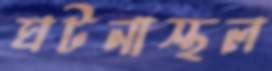
ঘটনাস্থল